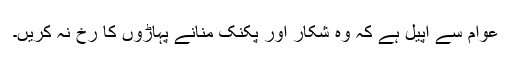
عوام سے اپیل ہے کہ وہ شکار اور پکنک منانے پہاڑوں کا رخ نہ کریں۔